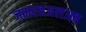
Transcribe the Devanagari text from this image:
जमरहअलअब